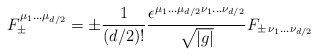
\begin{align*}F_\pm^{\mu_1\ldots \mu_{d/2}}=\pm\frac{1}{(d/2)!}\frac{\epsilon^{\mu_1\ldots \mu_{d/2}\nu_1\ldots \nu_{d/2}}}{\sqrt{|g|}}F_{\pm\,\nu_1\ldots \nu_{d/2}}\end{align*}